Annual administration report of the Civil Veterinary Department of India - 1893-1894
Year: 1893
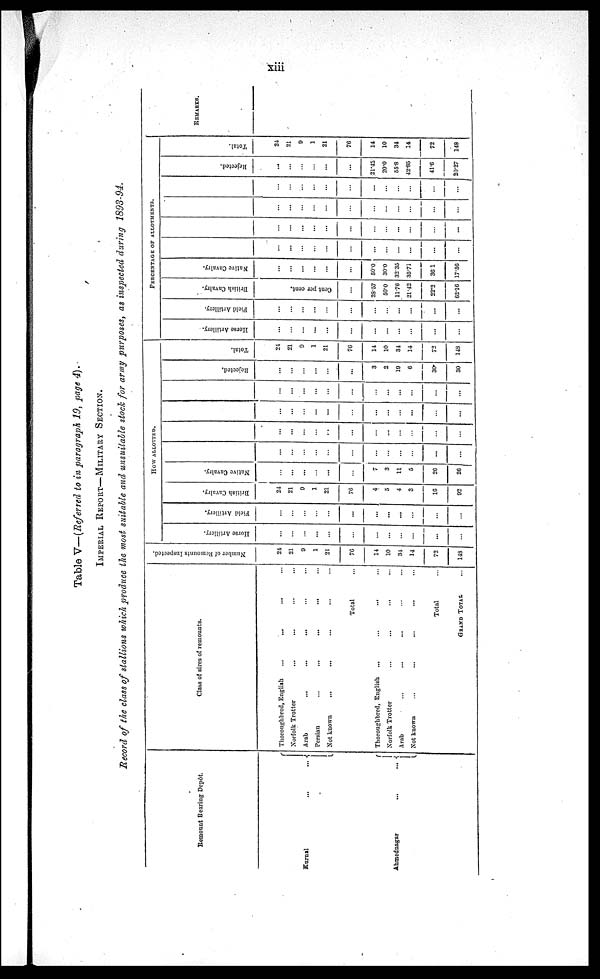
xiii
Table V—(Referred to in paragraph 19, page 4).
IMPERIAL REPORT—MILITARY SECTION.
Record of the class of stallions which produce the most suitable and unsuitable stock for army purposes, as inspected during 1893-94.
Remount Rearing Depôt.
Kurual
...
...
Ahmednagar
...
...
Class of sires of remounts.
Thoroughbred, English
...
... ... ...
Norfolk Trotter ... ... ... ...
Arab
...
...
... ... ...
Persian
...
...
...
... ...
Not known ... ... ... ... ...
Total ...
Thoroughbred, English
...
...
...
...
Norfolk Trotter ... ... ... ...
Arab ... ... ... ... ...
Not known ... ... ... ... ...
Total ...
GRAND TOTAL ...
Number of Remounts Inspected.
21
21
9
1
21
76
14
10
34
14
72
148
HOW ALLOTTED.
Horse Artillery.
...
...
...
...
...
...
...
...
...
...
...
...
Field Artillery.
...
...
...
...
...
...
...
...
...
...
...
...
British Cavalry.
24
21
9
1
21
76
4
5
4
3
16
92
Native Cavalry.
...
...
...
...
...
...
7
3
11
5
26
26
...
...
...
...
...
...
...
...
...
...
...
...
...
...
...
...
...
...
...
...
...
...
...
...
...
...
...
...
...
...
...
...
...
...
...
...
...
...
...
...
...
...
...
...
...
...
...
...
Rejected.
...
...
...
...
...
...
3
2
19
6
30
30
Total.
21
21
9
1
21
70
14
10
34
14
72
148
PERCENTAGE OF ALLOTMENTS.
Horse Artillery.
...
...
...
...
...
...
...
...
...
...
...
...
Field Artillery.
...
...
...
...
...
...
...
...
...
...
...
...
British Cavalry.
Cent per cent.
...
28.57
50.0
11.76
21.42
22.2
62.16
Native Cavalry.
...
...
...
...
...
...
50.0
30.0
32.35
35.71
36.1
17.56
...
...
...
...
...
...
...
...
...
...
...
...
...
...
...
...
...
...
...
...
...
...
...
...
...
...
...
...
...
...
...
...
...
...
...
...
...
...
...
...
...
...
...
...
...
...
...
...
Rejected.
...
...
...
...
...
...
21.42
20.0
55.8
42.85
41.6
20.27
Total.
24
21
9
1
21
76
14
10
34
14
72
148
REMARKS.